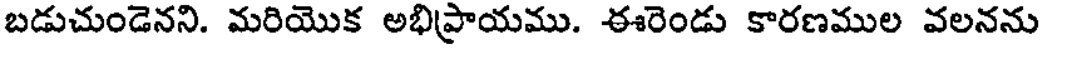
బడుచుండెనని. మరియొక అభిప్రాయము. ఈరెండు కారణముల వలనను